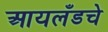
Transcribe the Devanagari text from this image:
आयलँडचे